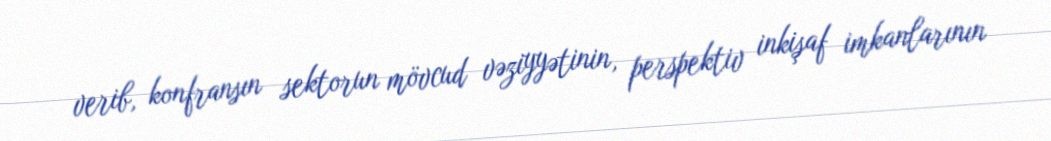
verib, konfransın sektorun mövcud vəziyyətinin, perspektiv inkişaf imkanlarının